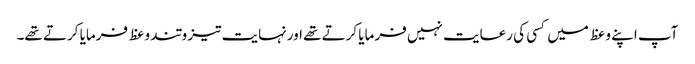
آپ اپنے وعظ میں کسی کی رعایت نہیں فرمایا کرتے تھے اورنہایت تیز و تند وعظ فرمایا کرتے تھے۔